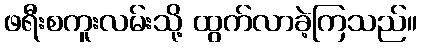
ဖရီးစကူးလမ်းသို့ ထွက်လာခဲ့ကြသည်။